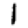
Digit: 1